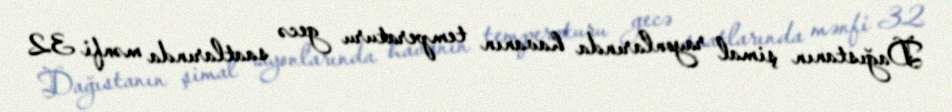
Dağıstanın şimal rayonlarında havanın temperaturu gecə saatlarında mənfi 32